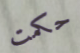
حكمت